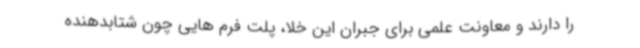
را دارند و معاونت علمی برای جبران این خلا، پلت فرم هایی چون شتابدهنده